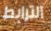
الترابط